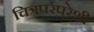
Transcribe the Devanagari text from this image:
चित्रपरंपरेशी